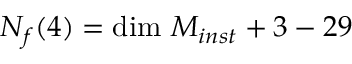
{ \cal N } _ { f } ( 4 ) = \mathrm { d i m } \ { \cal M } _ { i n s t } + 3 - 2 9